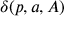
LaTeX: \delta ( p , a , A )